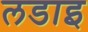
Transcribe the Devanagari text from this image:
लडाइ